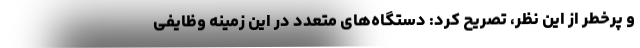
و پرخطر از این نظر، تصریح کرد: دستگاه‌های متعدد در این زمینه وظایفی